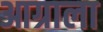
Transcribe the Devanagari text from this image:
आग्राला